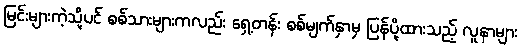
မြင်းများကဲ့သို့ပင် စစ်သားများကလည်း ရှေ့တန်း စစ်မျက်နှာမှ ပြန်ပို့ထားသည့် လူနာများ